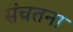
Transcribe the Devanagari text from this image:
संचतना